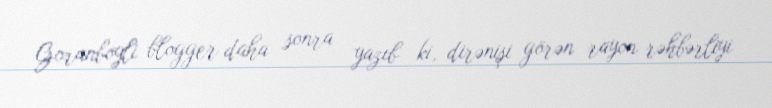
Goranboyli blogger daha sonra yazıb ki, dirənişi görən rayon rəhbərliyi